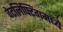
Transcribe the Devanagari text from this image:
वेटलिफ्टिंगमध्ये